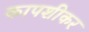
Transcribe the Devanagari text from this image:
कापशीकर